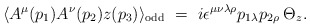
\begin{align*}\langle A^{\mu}(p_1)A^{\nu}(p_2)z(p_3)\rangle_{\rm odd} ~=~i\epsilon^{\mu\nu\lambda\rho}p_{1\lambda}p_{2\rho}\:\Theta_z.\end{align*}